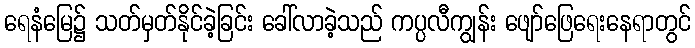
ရေနံမြေ၌ သတ်မှတ်နိုင်ခဲ့ခြင်း ခေါ်လာခဲ့သည် ကပ္ပလီကျွန်း ဖျော်ဖြေရေးနေရာတွင်